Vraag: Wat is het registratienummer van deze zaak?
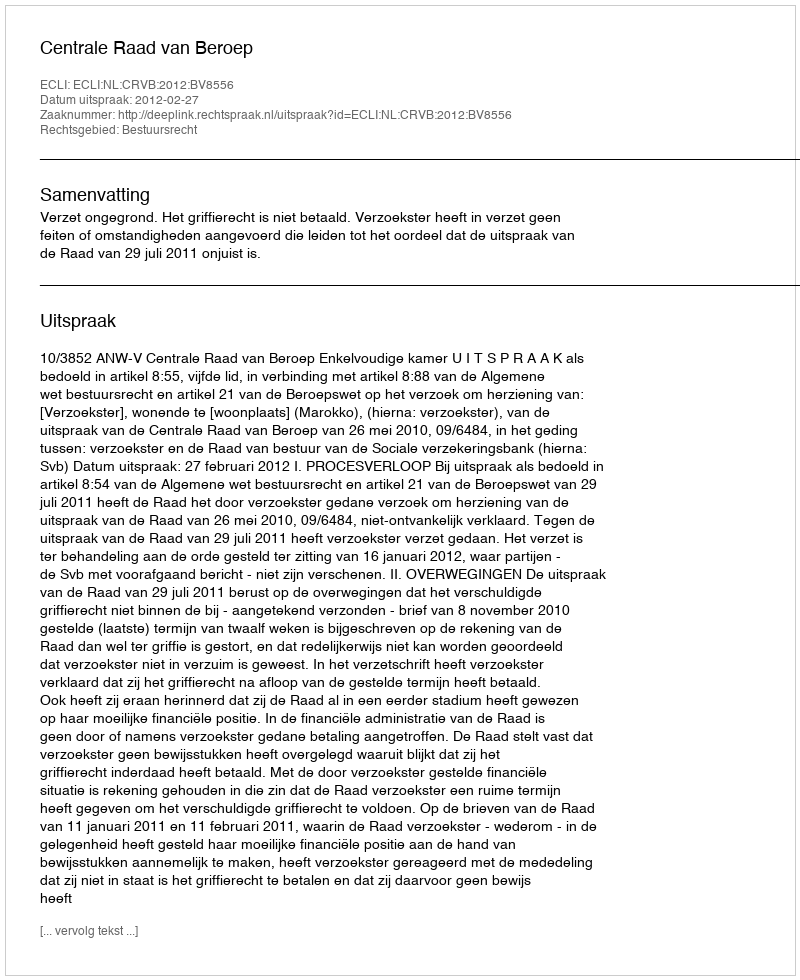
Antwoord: http://deeplink.rechtspraak.nl/uitspraak?id=ECLI:NL:CRVB:2012:BV8556